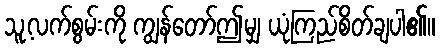
သူ့လက်စွမ်းကို ကျွန်တော်ဤမျှ ယုံကြည်စိတ်ချပါ၏။